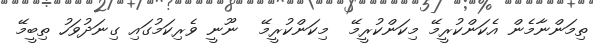
ތިމަންނާމެން އެކަންކުރީމޭ މިކަންކުރީމޭ  މިކަންކުރީމޭ  ނޫނީ ވެރިކަމުގައި ގިނަދުވަހު ތިބީމޭ